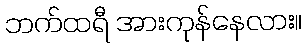
ဘက်ထရီ အားကုန်နေလား။